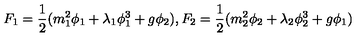
F _ { 1 } = \frac { 1 } { 2 } ( m _ { 1 } ^ { 2 } \phi _ { 1 } + \lambda _ { 1 } \phi _ { 1 } ^ { 3 } + g \phi _ { 2 } ) , F _ { 2 } = \frac { 1 } { 2 } ( m _ { 2 } ^ { 2 } \phi _ { 2 } + \lambda _ { 2 } \phi _ { 2 } ^ { 3 } + g \phi _ { 1 } )